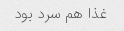
غذا هم سرد بود